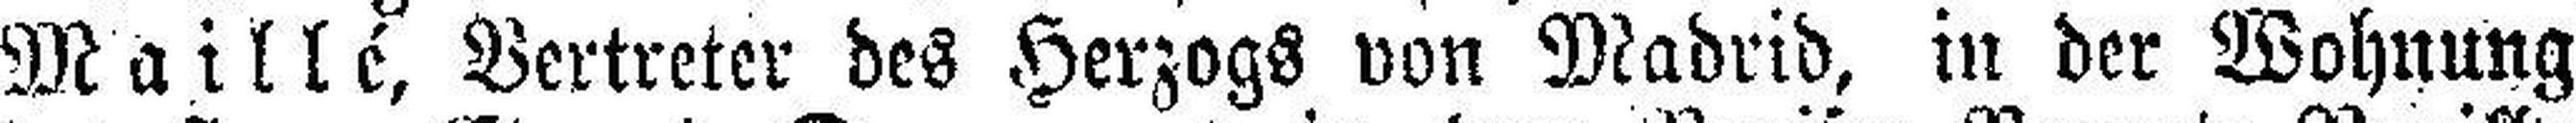
Maillé, Vertreter des Herzogs von Madrid, in der Wohnung